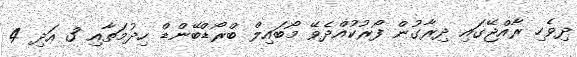
ދިވެހި ރާއްޖޭގައި ދިރާގުން ފޯރުކުއްދެވޭ މޯބައިލް ބްރޯޑްބޭންޑް ހިދުމަތާއި 3 އަދި 4